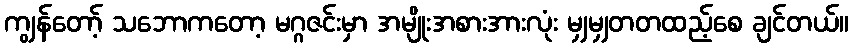
ကျွန်တော့် သဘောကတော့ မဂ္ဂဇင်းမှာ အမျိုးအစားအားလုံး မျှမျှတတထည့်စေ ချင်တယ်။